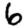
Digit: 6